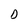
Character: D